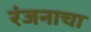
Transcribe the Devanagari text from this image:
रंजनाचा